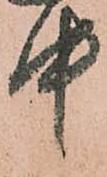
中